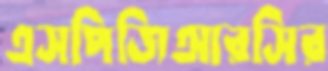
এসপিজিআরসির